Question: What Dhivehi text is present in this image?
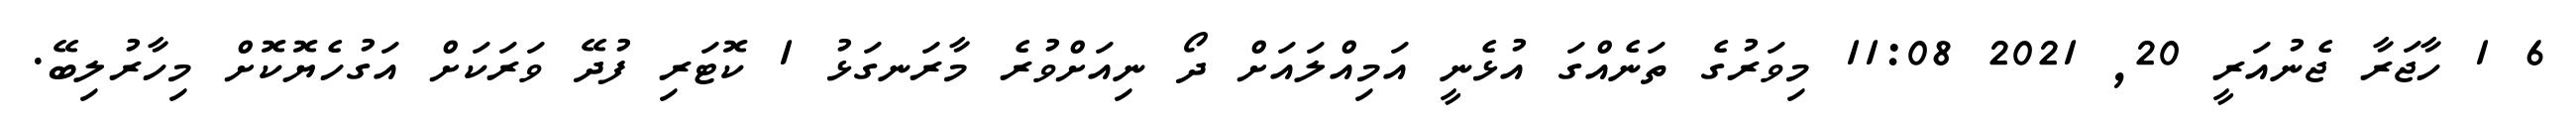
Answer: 6 1 ހާޖަރާ ޖެނުއަރީ 20, 2021 11:08 މިވަރުގެ ތަނެއްގަ އުޅެނީ އަމިއްލައަށް ދޯ ނިއަށްވުރެ މާރަނގަޅު 1 ކޮޓަރި ފުދޭ ވަރަކަށް އަގުހެޔޮކޮށް މިހާރުލިބޭ.